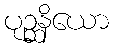
ပုဉ္ဆနိယော